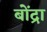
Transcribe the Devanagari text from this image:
बोंद्रा